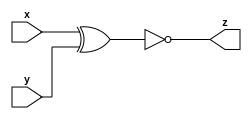
// Circuit B can be described by the following simulation waveform:

module top_module ( input x, input y, output z );
    assign z=~(x^y);

endmodule